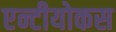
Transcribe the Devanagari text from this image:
एन्टीयोकस